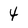
Character: 4